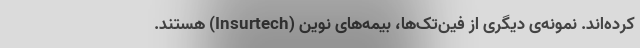
کرده‌اند. نمونه‌ی دیگری از فین‌تک‌ها، بیمه‌های نوین (Insurtech) هستند.